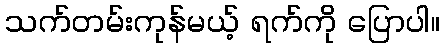
သက်တမ်းကုန်မယ့် ရက်ကို ပြောပါ။